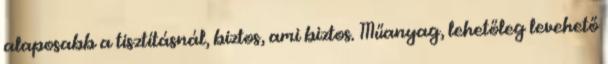
alaposabb a tisztításnál, biztos, ami biztos. Műanyag, lehetőleg levehető